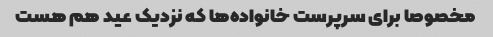
مخصوصا برای سرپرست خانواده‌ها که نزدیک عید هم هست